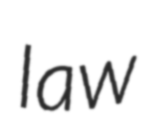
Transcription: law